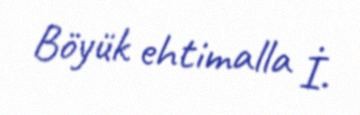
Böyük ehtimalla İ.